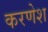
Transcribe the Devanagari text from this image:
करणेश